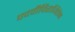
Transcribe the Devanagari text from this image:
पदवीविराजितेन